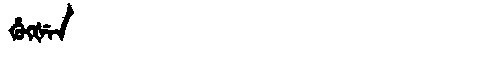
Manchu: ᡥᡠᡴᡧᡝᠨ
Romanization: HUKŠEN